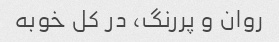
روان و پررنگ، در کل خوبه